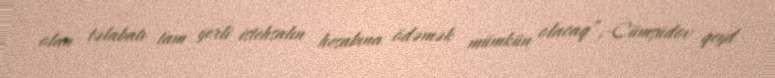
olan təlabatı tam yerli istehsalın hesabına ödəmək mümkün olacaq”,-Cümşüdov qeyd